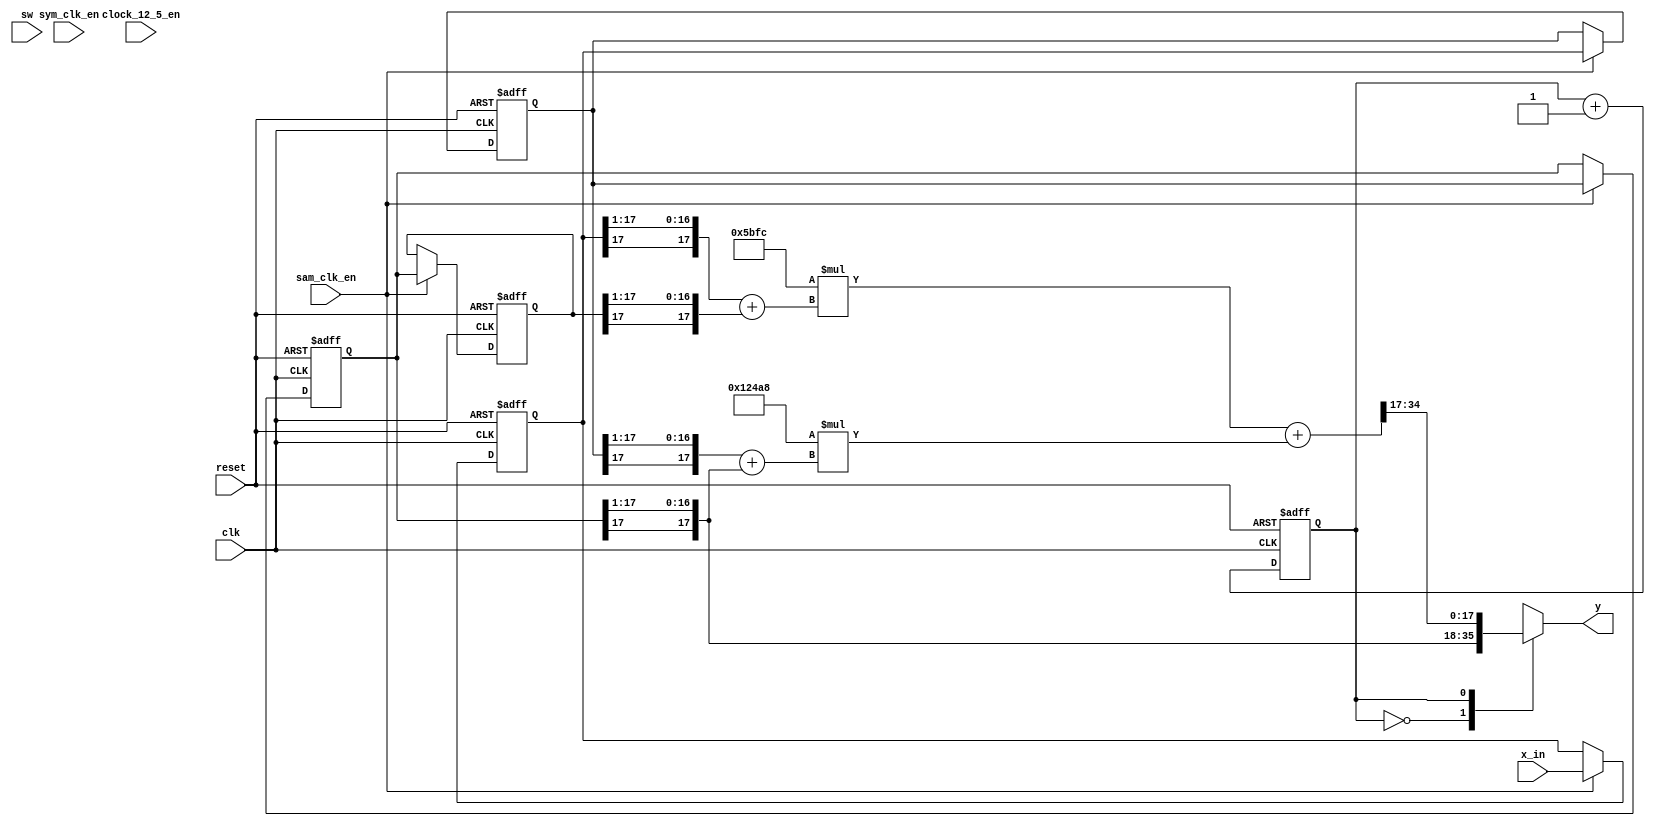
module halfband_filter(
    input clk, reset, sym_clk_en, sam_clk_en, clock_12_5_en,
							input [1:0] sw,
                    input signed [17:0] x_in, //1s17
                    output reg signed [17:0] y //1s17);
);

reg signed [17:0] y1;
reg signed [35:0] y2;
reg counter;
// inputs
reg signed [17:0] x[3:0]; // 1s17
integer i;
// coefficients
wire signed [17:0] h3, h1; // 0s18
reg signed [17:0] h3_in, h1_in; // 2s16
reg signed [35:0] h3_out, h1_out; // 1s35
assign h3 = 18'sd 74920; // 0s18
assign h1 = -18'sd 9220; // 0s18


always @ (posedge clk or posedge reset)
    if(reset)
        x[0] <= 18'sd0;
    
    else if(sam_clk_en)
        x[0] <= x_in;
    else
        x[0] <= x[0];


always @ (posedge clk or posedge reset)
    if(reset)
        for(i=1; i < 4; i = i+1)
            x[i] <= 18'sd0;
    else if (sam_clk_en)
        for(i=1; i < 4; i = i+1)
            x[i] <= x[i-1];
    else
        for(i = 1; i < 4; i = i+1)
            x[i] <= x[i];   

// filter 1
always @ *//(posedge clk)
    y1 = x[2] >>> 1;

// filter 2
always @ *
    h3_in = {x[1][17], x[1][17:1]} + {x[2][17], x[2][17:1]}; //2s16

always @ *
    h1_in = {x[0][17], x[0][17:1]} + {x[3][17], x[3][17:1]}; //2s16

always @ *
    h3_out = h3 * h3_in; // 2s34

always @ *
    h1_out = h1 * h1_in; //2s34


always @ *// (posedge clk)
    y2 = h1_out + h3_out; // 2s34

// output and counter
always @ (posedge clk or posedge reset)
    if(reset)
        counter <= 1'b1;
    else //if(clock_12_5_en)
        counter <= counter + 1'b1;
    // else
    //     counter <= counter;


always @ *
begin
    case(counter)
        1'b0: y = y1;
        1'b1: y = y2[34:17];
        default: y = y1;
    endcase
end




endmodule